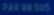
943.08516